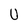
Character: U